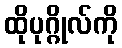
ထိုပုဂ္ဂိုလ်ကို